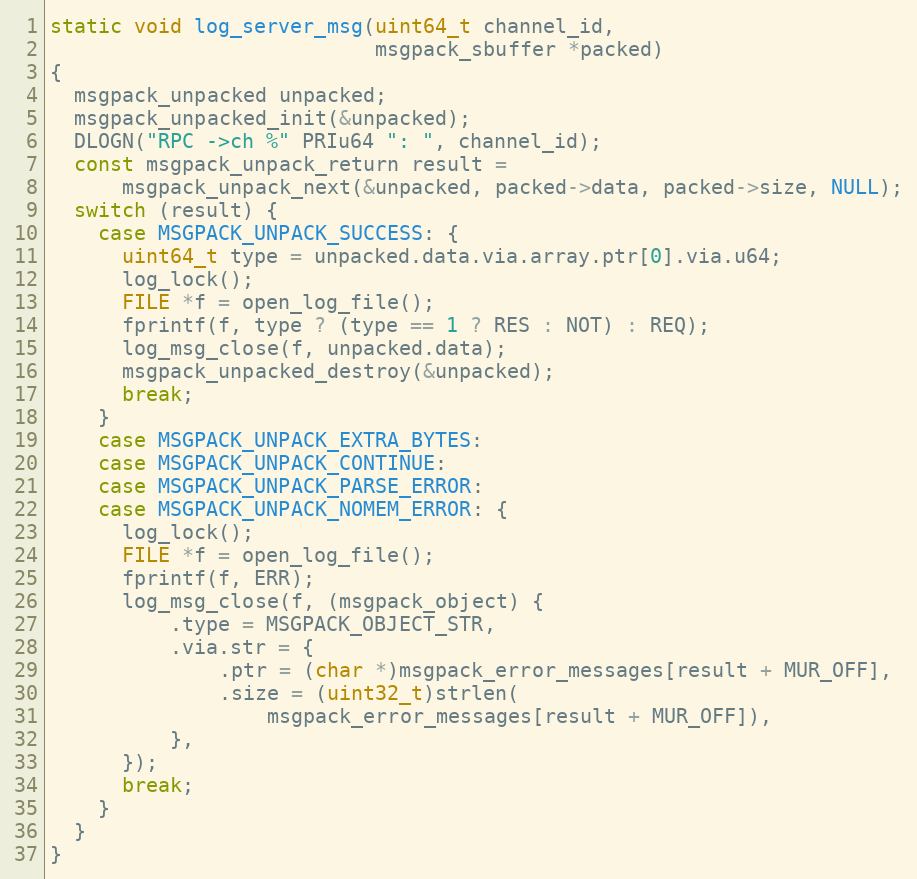
Language: C
static void log_server_msg(uint64_t channel_id,
                           msgpack_sbuffer *packed)
{
  msgpack_unpacked unpacked;
  msgpack_unpacked_init(&unpacked);
  DLOGN("RPC ->ch %" PRIu64 ": ", channel_id);
  const msgpack_unpack_return result =
      msgpack_unpack_next(&unpacked, packed->data, packed->size, NULL);
  switch (result) {
    case MSGPACK_UNPACK_SUCCESS: {
      uint64_t type = unpacked.data.via.array.ptr[0].via.u64;
      log_lock();
      FILE *f = open_log_file();
      fprintf(f, type ? (type == 1 ? RES : NOT) : REQ);
      log_msg_close(f, unpacked.data);
      msgpack_unpacked_destroy(&unpacked);
      break;
    }
    case MSGPACK_UNPACK_EXTRA_BYTES:
    case MSGPACK_UNPACK_CONTINUE:
    case MSGPACK_UNPACK_PARSE_ERROR:
    case MSGPACK_UNPACK_NOMEM_ERROR: {
      log_lock();
      FILE *f = open_log_file();
      fprintf(f, ERR);
      log_msg_close(f, (msgpack_object) {
          .type = MSGPACK_OBJECT_STR,
          .via.str = {
              .ptr = (char *)msgpack_error_messages[result + MUR_OFF],
              .size = (uint32_t)strlen(
                  msgpack_error_messages[result + MUR_OFF]),
          },
      });
      break;
    }
  }
}